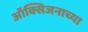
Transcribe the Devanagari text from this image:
ऑक्सिजनाच्या